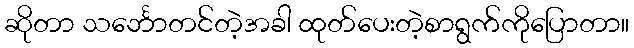
ဆိုတာ သင်္ဘောတင်တဲ့အခါ ထုတ်ပေးတဲ့စာရွက်ကိုပြောတာ။